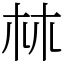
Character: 𣏟